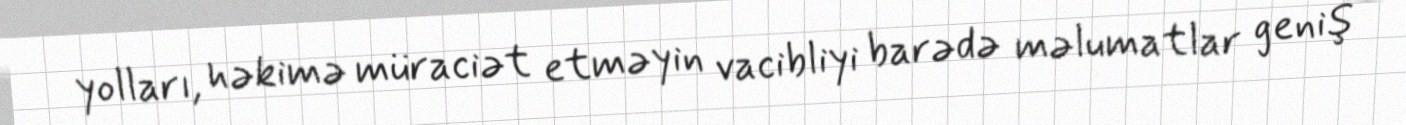
yolları, həkimə müraciət etməyin vacibliyi barədə məlumatlar geniş